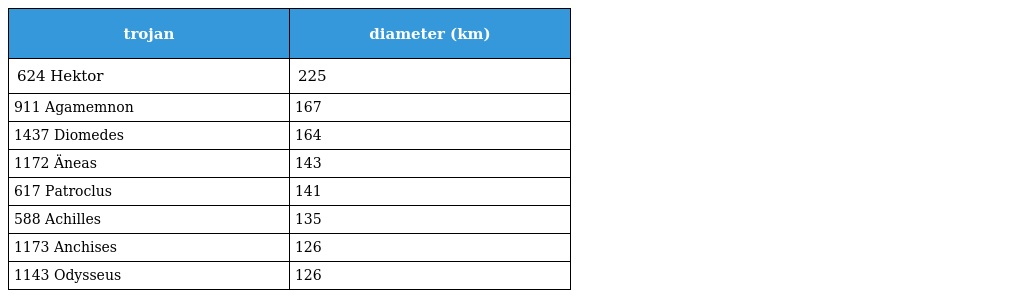
| trojan | diameter (km) |
 | --- | --- |
 | 624 Hektor | 225 |
 | 911 Agamemnon | 167 |
 | 1437 Diomedes | 164 |
 | 1172 Äneas | 143 |
 | 617 Patroclus | 141 |
 | 588 Achilles | 135 |
 | 1173 Anchises | 126 |
 | 1143 Odysseus | 126 |